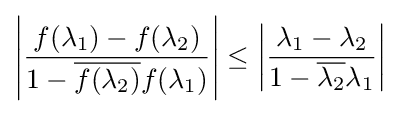
\left|{\frac {f(\lambda _{1})-f(\lambda _{2})}{1-{\overline {f(\lambda _{2})}}f(\lambda _{1})}}\right|\leq \left|{\frac {\lambda _{1}-\lambda _{2}}{1-{\overline {\lambda _{2}}}\lambda _{1}}}\right|